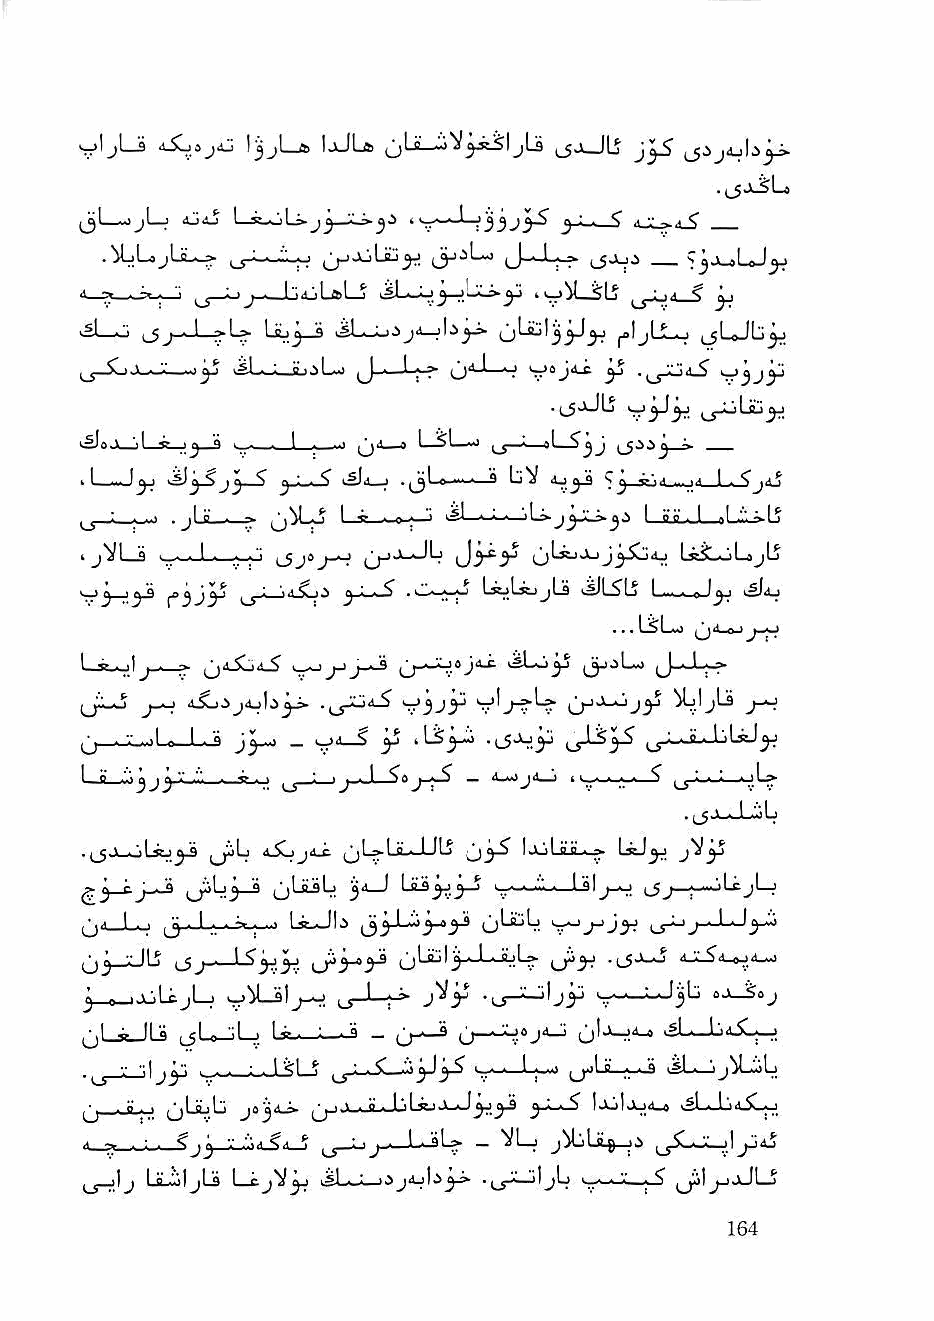
yljLs d-C.9ja:  IjJU         jU         ^ijAjb^
 ^^L_>ojl_j Oij I v-.-iL=.^j ■' t >w--.-L jj j - - ^ j -y .1 ^
 .UjLajLiLy :--:.:,o       J-J.^ t_5-'-J'>
 i >_■_-»« 1 ^ ' 'j •—LjiijL>l—j I j— ivjjM_SLj ^ ;_)■! < ^
 >^1—o        L«ij^_S                jjIjLLo (jLaJb^
 (_j_SLij—j.:—-1^ xsL-lJujLv —Lj-f (j'"-J—^ yoj<ti ^
 l.5|a 1 ,1 «> ij n ■ - ■ I ■ ■■■ ^jd_a L-Sl—0 ■ aL—$jj i-
 .1—-J^   J3—^        .|jLa-' ** bV
 ^ j—  .jLa—- » (jM-o I ^ I 0 < '      I ft.iLJ_al-ilb»Lj
 .tj,V VLLsj ■ - ■ I ■ - ■"    (jLijjLjj^^tu LiiloLajLj
 '3^     ^j-L-jd-SLj ^ ^ L^lij jLs ^LS^b I • n ^j
 . ..
 Le^jj-.—»     ^Jj    Cr^-"            (J-.J-.-7-
 (j.Lb j-j-i 4^.jj4jb^j- .^jXjaS y^j^j ylj-»br jy jLs
 (j—   e- 1,. q _ yi—S y »LS^ .ijjjJj ,_jiJS^
 LjLj.jjj3. -j--.-) ^ - 'J..J ^9^-7^ — i.~> ",.■ ■«' L»
 , [^jL-i-L.!.;L
 . (jj.-oUtj^ 4-Sbj4^   1 lb (j3-^ IxiLai-y L«J3:> y
 ^j ^ J • ^  ^     3"' '     .--..-.L.—Lfll^^-i-j j_5j—j—iijULcjjl—Uj
 (jd_Lo    ic---) Li-Jb     (jbuL yjyjy   j-J^yi
 (j^_xJb              (JUjI^-J-^L- tyy   d_l5d_yd_->
 3      jly y")L3lj-o (_y-L. V j'ily . (_s_:.LJ1 jjj y._LjJj^bb ceJJ.-Scj
 (jl ^ II a (jLo-liLj Lfci ! ^ — (j-*—® O— 'SL—biL^y-j
 ^ V "■\jy .—lJ-SLS       v-*—^—•*     iSL-jj^bob
 j  . y . . jbijb j»^dj» jjO-bi-JjLsj-J-J3^3-3 Ijjla_)4_s ^SLJj)ilX--J
 ^  . ^J3 V   ^ i_j—^y—b-sly — "2^1—J (_yX.^X-j!^dj
 ,_jylj LaJjljLs l—CjV^ ji-wLjijd_ib3-i- jb —|-^ jilyjJLS